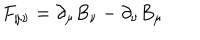
F _ { \mu \nu } = \partial _ { \mu } B _ { \nu } - \partial _ { \nu } B _ { \mu } \qquad